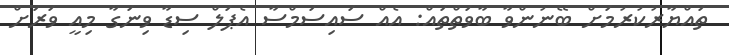
ތައްޔާރުކުރުމަށް ބޭނުންވާ ބާވަތްތައް: އެއް ސައިސަމްސާ އެޕަލް ސިޑާ ވިނަގާ މިއީ ވަރަށް